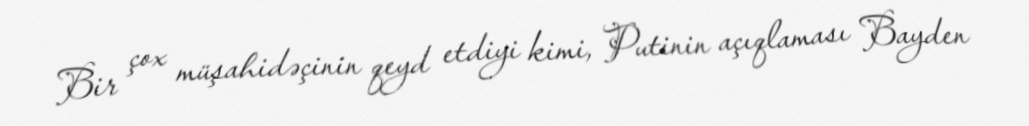
Bir çox müşahidəçinin qeyd etdiyi kimi, Putinin açıqlaması Bayden